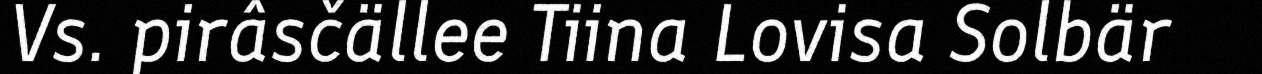
Vs. pirâsčällee Tiina Lovisa Solbär